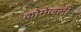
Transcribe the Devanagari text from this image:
कोमेजली